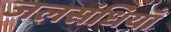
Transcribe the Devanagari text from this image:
जलसंधियाँ